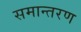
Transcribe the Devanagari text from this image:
समान्तरण